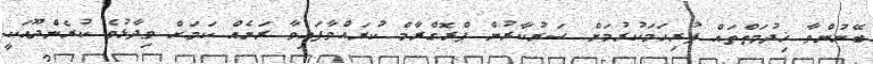
ބޭނުންވާ ޚިދުމަތްތައް ފުރިހަމަކުރުމަށް ސަރުކާރުން ޕްރޮގްރާމް ކުރައްވާފައިވާ ރަށެއް ކަމަށް ވިދާޅުވެ ކުރެންދޫއަކީ